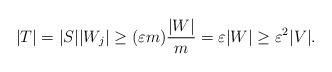
LaTeX: \begin{align*}|T|=|S||W_j| \geq (\varepsilon m) \frac{|W|}{m}=\varepsilon |W| \geq \varepsilon^2 |V|.\end{align*}